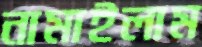
নামাইলাম